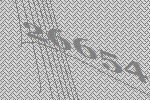
26654